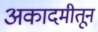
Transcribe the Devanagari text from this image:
अकादमीतून